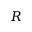
R